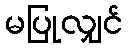
မပြုလျှင်